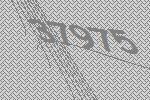
37975